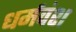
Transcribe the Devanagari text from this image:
धर्मवंश